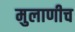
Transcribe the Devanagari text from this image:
मुलाणीच